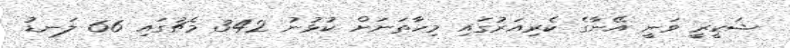
ޝަކީރީ ވަނީ އޭނާގެ ކެރިއަރުގައި މިހާތަނަށް ކުޅުނު 342 މެޗުގައި 66 ލަނޑު